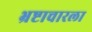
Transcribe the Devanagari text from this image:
भ्रष्टाचारला